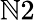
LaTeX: \mathbb{N}2